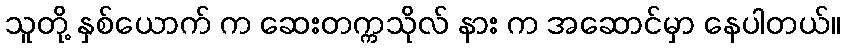
သူတို့ နှစ်ယောက် က ဆေးတက္ကသိုလ် နား က အဆောင်မှာ နေပါတယ်။